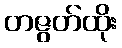
တဇွတ်ထိုး